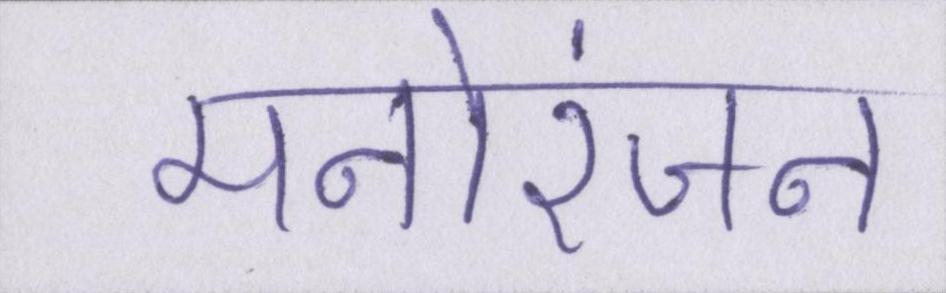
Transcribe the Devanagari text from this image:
मनोरंजन